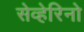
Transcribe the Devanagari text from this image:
सेव्हेरिनो